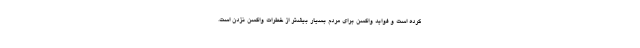
کرده است و فواید واکسن برای مردم بسیار بیشتر از خطرات واکسن نزدن است.